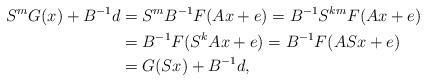
LaTeX: \begin{align*}S^mG(x) + B^{-1}d &= S^mB^{-1}F(Ax+e) = B^{-1}S^{km}F(Ax+e) \\&= B^{-1}F(S^kAx+e) = B^{-1}F(ASx+e) \\&= G(Sx) + B^{-1}d,\end{align*}